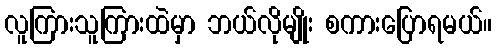
လူကြားသူကြားထဲမှာ ဘယ်လိုမျိုး စကားပြောရမယ်။